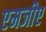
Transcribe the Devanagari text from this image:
एमजीए